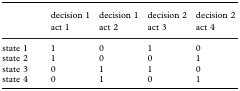
<table><thead><tr><td></td><td><b>decision 1</b></td><td><b>decision 1</b></td><td><b>decision 2</b></td><td><b>decision 2</b></td></tr><tr><td></td><td><b>act 1</b></td><td><b>act 2</b></td><td><b>act 3</b></td><td><b>act 4</b></td></tr></thead><tbody><tr><td>state 1</td><td>1</td><td>0</td><td>1</td><td>0</td></tr><tr><td>state 2</td><td>1</td><td>0</td><td>0</td><td>1</td></tr><tr><td>state 3</td><td>0</td><td>1</td><td>1</td><td>0</td></tr><tr><td>state 4</td><td>0</td><td>1</td><td>0</td><td>1</td></tr></tbody></table>